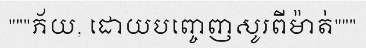
"""ភ័យ, ដោយបញ្ចេញសូរពីម៉ាត់"""